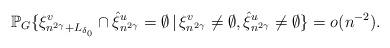
LaTeX: \begin{align*}\mathbb{P}_G\{\xi^{v}_{n^{2\gamma}+L_{\delta_0}}\cap \hat{\xi}^{u}_{n^{2\gamma}}=\emptyset\,|\,\xi^v_{n^{2\gamma}}\neq \emptyset, \hat{\xi}^u_{n^{2\gamma}}\neq \emptyset\}=o(n^{-2}).\end{align*}